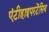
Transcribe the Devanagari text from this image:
एंटीहाइपरटेंसिव